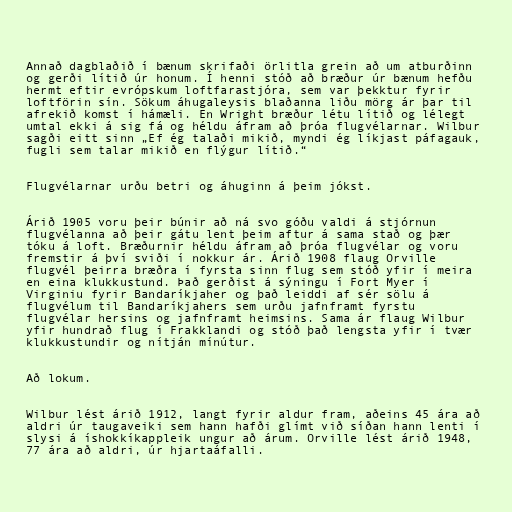
Annað dagblaðið í bænum skrifaði örlitla grein að um atburðinn
og gerði lítið úr honum. Í henni stóð að bræður úr bænum hefðu
hermt eftir evrópskum loftfarastjóra, sem var þekktur fyrir
loftförin sín. Sökum áhugaleysis blaðanna liðu mörg ár þar til
afrekið komst í hámæli. En Wright bræður létu lítið og lélegt
umtal ekki á sig fá og héldu áfram að þróa flugvélarnar. Wilbur
sagði eitt sinn „Ef ég talaði mikið, myndi ég líkjast páfagauk,
fugli sem talar mikið en flýgur lítið.“

Flugvélarnar urðu betri og áhuginn á þeim jókst.

Árið 1905 voru þeir búnir að ná svo góðu valdi á stjórnun
flugvélanna að þeir gátu lent þeim aftur á sama stað og þær
tóku á loft. Bræðurnir héldu áfram að þróa flugvélar og voru
fremstir á því sviði í nokkur ár. Árið 1908 flaug Orville
flugvél þeirra bræðra í fyrsta sinn flug sem stóð yfir í meira
en eina klukkustund. Það gerðist á sýningu í Fort Myer í
Virginiu fyrir Bandaríkjaher og það leiddi af sér sölu á
flugvélum til Bandaríkjahers sem urðu jafnframt fyrstu
flugvélar hersins og jafnframt heimsins. Sama ár flaug Wilbur
yfir hundrað flug í Frakklandi og stóð það lengsta yfir í tvær
klukkustundir og nítján mínútur.

Að lokum.

Wilbur lést árið 1912, langt fyrir aldur fram, aðeins 45 ára að
aldri úr taugaveiki sem hann hafði glímt við síðan hann lenti í
slysi á íshokkíkappleik ungur að árum. Orville lést árið 1948,
77 ára að aldri, úr hjartaáfalli.